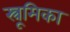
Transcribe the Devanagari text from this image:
स्त्रूमिका